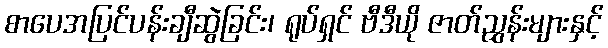
စာပေအပြင်ပန်းချီဆွဲခြင်း၊ ရုပ်ရှင် ဗီဒီယို ဇာတ်ညွှန်းများနှင့်